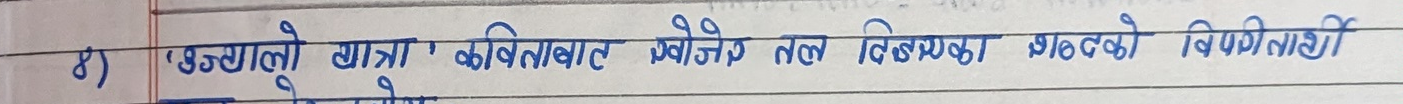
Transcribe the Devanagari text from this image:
४) 'छुट्टै यात्रा' कविताबाट खोजेज तल लेखिएका शब्दको विपरीतार्थी